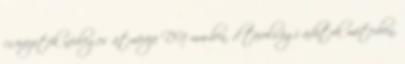
csõvezeték névleges átmérõje DN mm-ben, d távolsági adatok méterben,